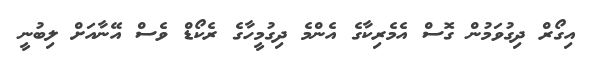
އިގޯރް ދިގުވަމުން ގޮސް އެމެރިކާގެ އެންމެ ދިގުމީހާގެ ރެކޯޑް ވެސް އޭނާއަށް ލިބުނީ